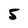
Character: 5